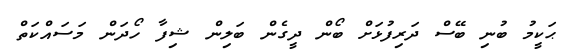
ޙަކީމު ބުނި ބޭސް ދަރިފުޅަށް ބޯން ދީގެން ބަލިން ޝިފާ ހޯދަން މަސައްކަތް